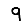
Digit: 9